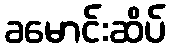
ခမောင်းဆိပ်